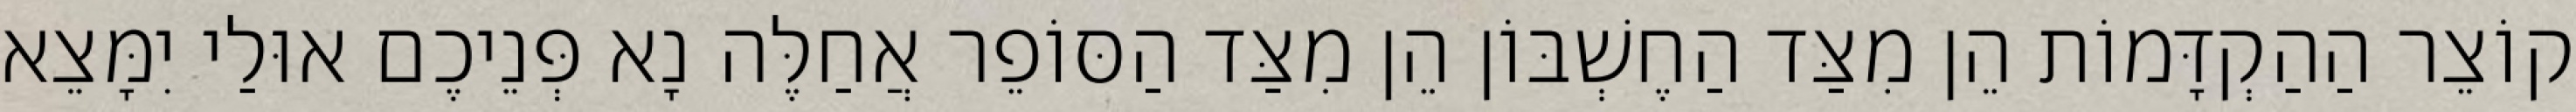
קוֹצֵר הַהַקְדָּמוֹת הֵן מִצַּד הַחֶשְׁבּוֹן הֵן מִצַּד הַסּוֹפֵר אֲחַלֶּה נָא פְּנֵיכֶם אוּלַי יִמָּצֵא